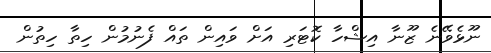
ނޫޅެވޭނެ ޒޫނާ އިޝްހާ ކޮޓަރި އަށް ވައިން ތައް ފެނުމުން ހިތާ ހިތުން